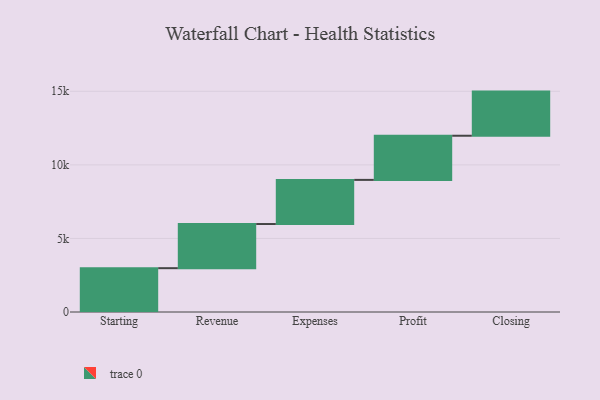
{"axis": {"x": "Step", "y": "Value"}, "legend": [""], "data": [{"x": "Starting", "y": 2978.0, "type": ""}, {"x": "Revenue", "y": 3000, "type": ""}, {"x": "Expenses", "y": 3000, "type": ""}, {"x": "Profit", "y": 3000, "type": ""}, {"x": "Closing", "y": 3000, "type": ""}]}